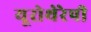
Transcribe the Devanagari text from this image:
यूरोथेरेपी